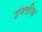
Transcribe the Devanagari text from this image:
उनत्तीस